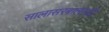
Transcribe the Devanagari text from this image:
सालासरबालाजी